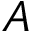
A